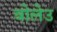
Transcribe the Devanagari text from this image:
बोलेउ